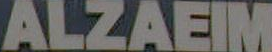
ALZAEIM